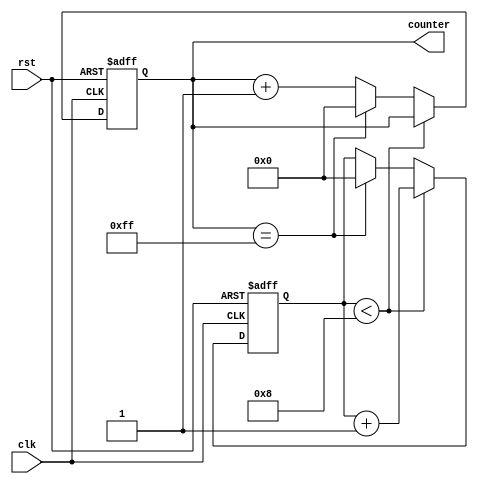
module loop_with_skip_statements(
    input wire clk,
    input wire rst,
    output reg [7:0] counter
);

reg [7:0] skip_count;

always @(posedge clk or posedge rst) begin
    if (rst) begin
        counter <= 8'b00000000;
        skip_count <= 8'b00000000;
    end else begin
        if (skip_count < 8) begin
            skip_count <= skip_count + 1;
            counter <= counter;
        end else begin
            counter <= counter + 1;
            if (counter == 8'b11111111) begin
                counter <= 8'b00000000;
                skip_count <= 8'b00000000;
            end
        end
    end
end

endmodule